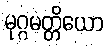
မုဂ္ဂမတ္တိယော